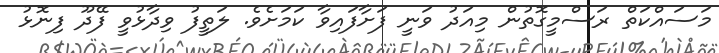
މަސައްކަތް ރަސްމީގޮތުން މިއަދު ވަނީ ފަށާފައިވާ ކަމަށެވެ. ލަތީފު ވިދާޅުވީ ފޭދޫ ފިނޮޅު